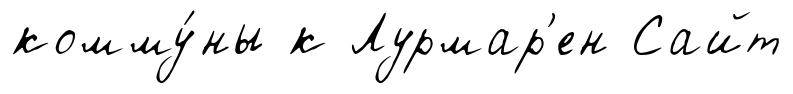
комму́ны к Лурмар'ен Сайт